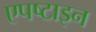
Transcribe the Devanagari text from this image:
एपष्टाइन